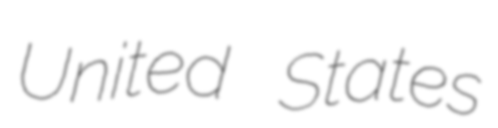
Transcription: United States